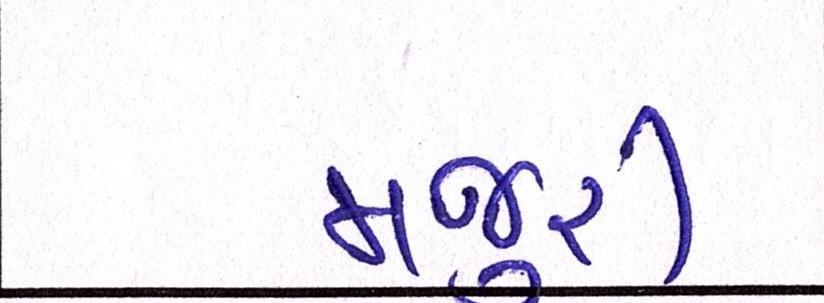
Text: મજુરી